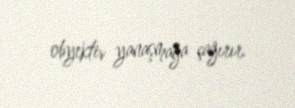
obyektiv yanaşmağa çağırır.